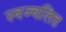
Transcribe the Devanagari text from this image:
स्वज्वलित